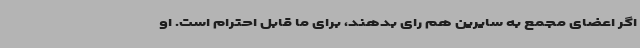
اگر اعضای مجمع به سایرین هم رای بدهند، برای ما قابل احترام است. او